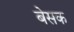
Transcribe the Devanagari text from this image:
बेसक